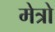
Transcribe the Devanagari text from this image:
मेत्रो